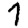
Digit: 7